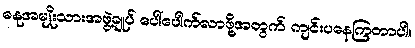
ဓနုအမျိုးသားအဖွဲ့ချုပ် ပေါ်ပေါက်လာဖို့အတွက် ကျင်းပနေကြတာပါ။